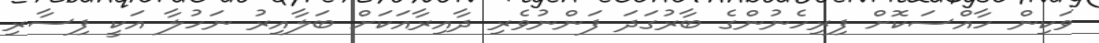
ވަކިން ހާއްސަކޮށް ފިރިހެނުންގެ ބާރުގަދަ ފަންނުވެރި ދާއިރާއަކަށް ބަލާއިރު ނަހުލާ އަކީ ފިސާރި